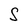
Character: S